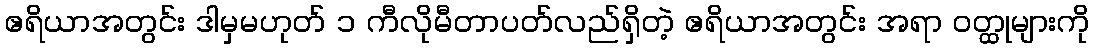
ဧရိယာအတွင်း ဒါမှမဟုတ် ၁ ကီလိုမီတာပတ်လည်ရှိတဲ့ ဧရိယာအတွင်း အရာ ဝတ္ထုများကို